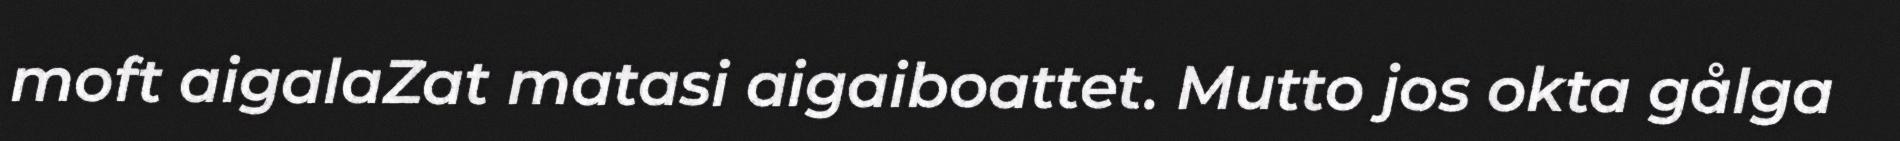
moft aigalaZat matasi aigaiboattet. Mutto jos okta gålga